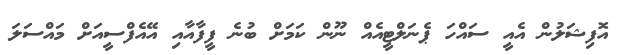
އޮފިޝަލުން އެއީ ސައްހަ ޕެނަލްޓީއެއް ނޫން ކަމަށް ބުނެ ފީފާއާއި އޭއެފްސީއަށް މައްސަލަ